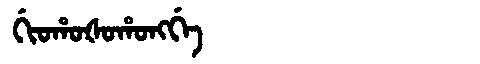
Manchu: ᡤᡳᠣᡥᠣᡧᠣᡥᠣᠩᡤᡝ
Romanization: GIOHOŠOHONGGE